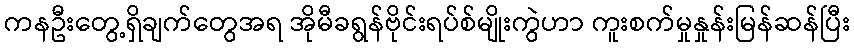
ကနဦးတွေ့ရှိချက်တွေအရ အိုမီခရွန်ဗိုင်းရပ်စ်မျိုးကွဲဟာ ကူးစက်မှုနှုန်းမြန်ဆန်ပြီး